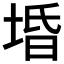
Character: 𱗃